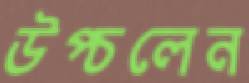
উপ্‌চলেন